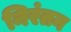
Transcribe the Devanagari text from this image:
निरंतन